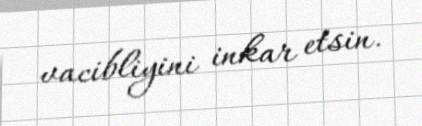
vacibliyini inkar etsin.